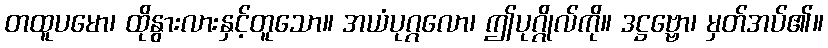
တထူပမော၊ ထိုနွားလားနှင့်တူသော။ အယံပုဂ္ဂလော၊ ဤပုဂ္ဂိုလ်ကို။ ဒဋ္ဌဗ္ဗော၊ မှတ်အပ်၏။